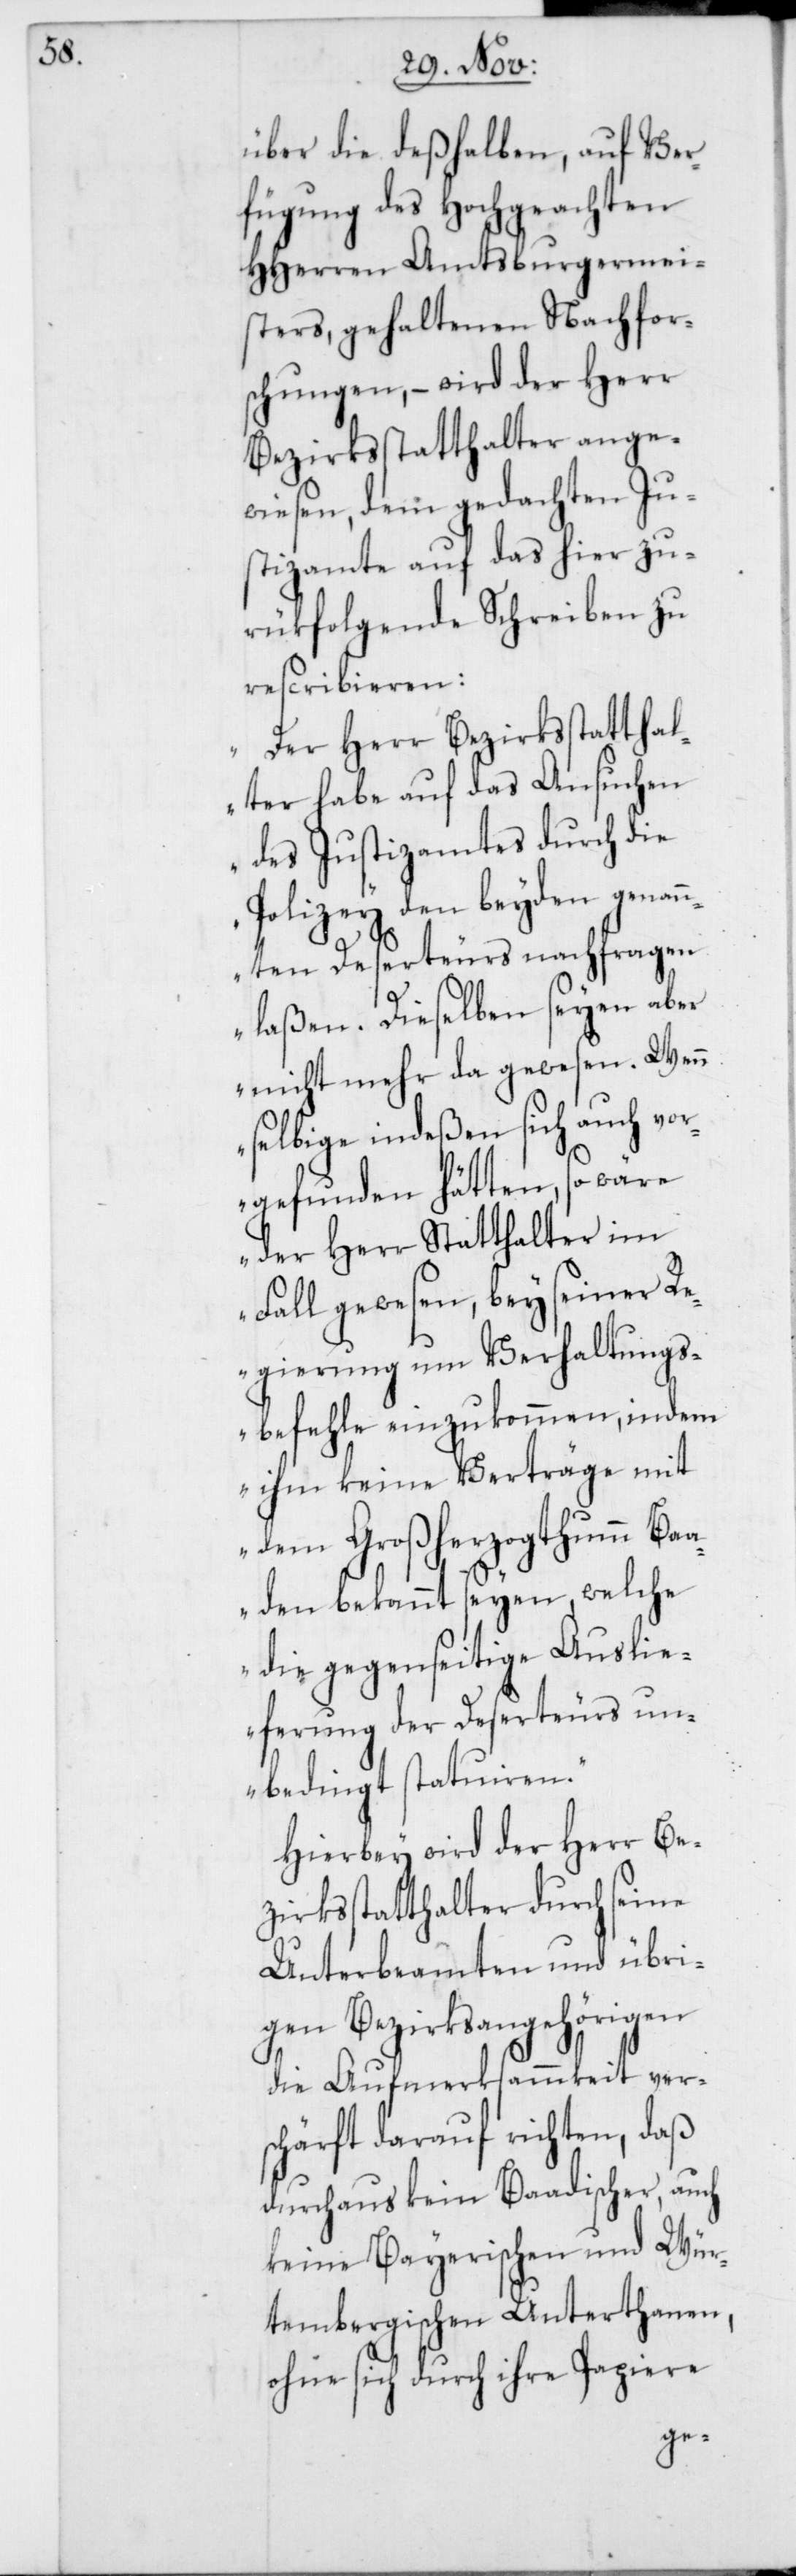
über die deßhalben, auf Ver¬
fügung des hochgeachten
HHerren Amtsburgermei¬
sters, gehaltenen Nachfors¬
chungen, – wird der Herr
Bezirksstatthalter ange¬
wiesen, dem gedachten Ju¬
stizamte auf das hier zu¬
rükfolgende Schreiben zu
rescribieren:
„Der Herr Bezirksstatthal¬
ter habe auf das Ansuchen
des Justizamtes durch die
Polizey den beyden genan¬
nten Deserteurs nachfragen
laßen. Dieselben seyen aber
nicht mehr da gewesen. Wenn
selbige indeßen sich auch vo¬
rgefunden hätten, so wäre
der Herr Statthalter im
Fall gewesen, bey seiner Re¬
gierung um Verhaltungs¬
befehle einzukommen, indem
ihm keine Verträge mit
dem Großherzogthum Baa¬
den bekannt seyen, welche
die gegenseitige Auslie¬
ferung der Deserteurs un¬
bedingt statuiren.
Hierbey wird der Herr Be¬
zirksstatthalter durch seine
Unterbeamten und übri¬
gen Bezirksangehörigen
die Aufmerksammkeit ver¬
schärft darauf richten, daß
durchaus kein Baadischer, auch
keine Bayerischen und Wür¬
tembergischen Unterthanen,
ohne sich durch ihre Papiere